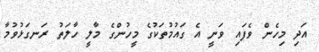
އަދި މިހެން ވެފައި ވަނީ އެ ގައުމުތަކުގެ މީހުންގެ މާލީ ހާލަތު ރަނގަޅުވުމާ